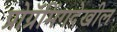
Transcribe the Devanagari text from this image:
प्रोग्रॅमिंगदेखील